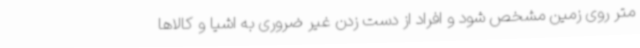
متر روی زمین مشخص شود و افراد از دست زدن غیر ضروری به اشیا و کالاها